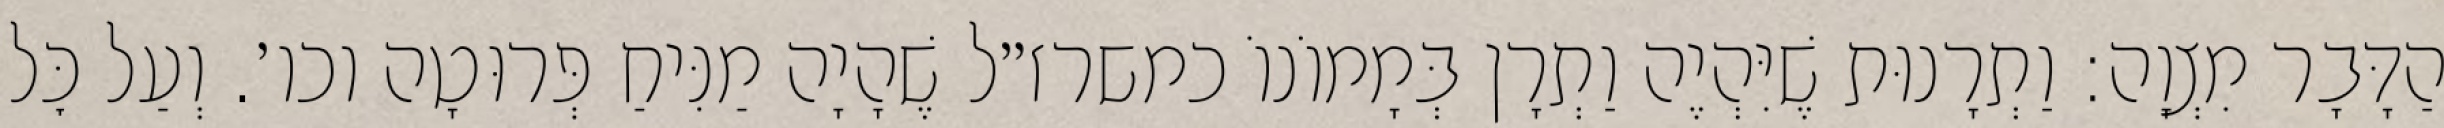
הַדָּבָר מִצְוָה: וַתְרָנוּת שֶׁיִּהְיֶה וַתְרָן בְּמָמוֹנוֹ כמשרז״ל שֶׁהָיָה מַנִּיחַ פְּרוּטָה וכו׳. וְעַל כׇּל